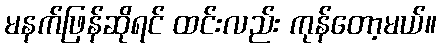
မနက်ဖြန်ဆိုရင် ထင်းလည်း ကုန်တော့မယ်။